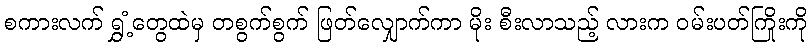
စကားလက် ရွှံ့တွေထဲမှ တစွက်စွက် ဖြတ်လျှောက်ကာ မိုး စီးလာသည့် လားက ဝမ်းပတ်ကြိုးကို